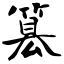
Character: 篡